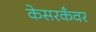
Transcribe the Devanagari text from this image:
केसरकँवर